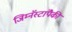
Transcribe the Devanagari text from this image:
जिम्नॅस्टांपैकी